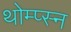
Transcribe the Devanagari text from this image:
थोम्प्स्न